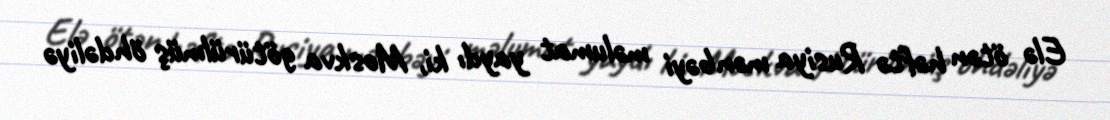
Elə ötən həftə Rusiya mənbəyi məlumat yaydı ki, Moskva götürülmüş öhdəliyə